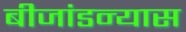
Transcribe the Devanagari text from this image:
बीजांडन्यास